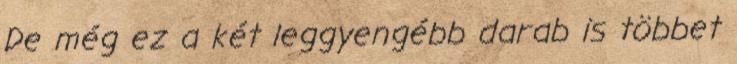
De még ez a két leggyengébb darab is többet